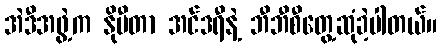
အဲဒီအဖွဲ့က နိုဗီတာ အင်ဒရီနဲ့ ဘီဘီစီတွေ့ဆုံခဲ့ပါတယ်။